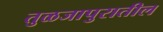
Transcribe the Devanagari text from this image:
तुळजापुरातील